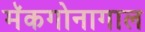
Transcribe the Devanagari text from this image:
मॅकगोनागाल